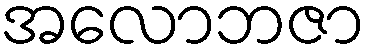
အလောဘဇာ